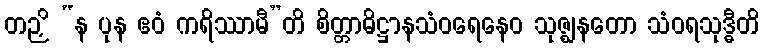
တဉှိ “န ပုန ဧဝံ ကရိဿာမီ”တိ စိတ္တာဓိဋ္ဌာနသံဝရေနေဝ သုဇ္ဈနတော သံဝရသုဒ္ဓီတိ